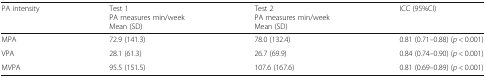
<table><thead><tr><td><b>PA intensity</b></td><td><b>Test 1PA measures min/weekMean (SD)</b></td><td><b>Test 2PA measures min/weekMean (SD)</b></td><td><b>ICC (95%CI)</b></td></tr></thead><tbody><tr><td>MPA</td><td>72.9 (141.3)</td><td>78.0 (132.4)</td><td>0.81 (0.71–0.88) (<i>p &lt;</i> 0.001)</td></tr><tr><td>VPA</td><td>28.1 (61.3)</td><td>26.7 (69.9)</td><td>0.84 (0.74–0.90) (<i>p &lt;</i> 0.001)</td></tr><tr><td>MVPA</td><td>95.5 (151.5)</td><td>107.6 (167.6)</td><td>0.81 (0.69–0.89) (<i>p &lt;</i> 0.001)</td></tr></tbody></table>